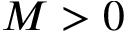
M > 0